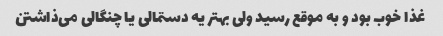
غذا خوب بود و به موقع رسید ولی بهتر یه دستمالی یا چنگالی می‌ذاشتن